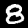
Label: 8